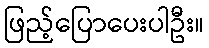
ဖြည့်ပြောပေးပါဦး။